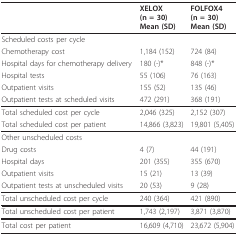
<table><thead><tr><td></td><td></td><td><b>XELOX(n = 30)Mean (SD)</b></td><td><b>FOLFOX4(n = 30)Mean (SD)</b></td></tr></thead><tbody><tr><td colspan="4">Scheduled costs per cycle</td></tr><tr><td colspan="2">Chemotherapy cost</td><td>1,184 (152)</td><td>724 (84)</td></tr><tr><td colspan="2">Hospital days for chemotherapy delivery</td><td>180 (-)*</td><td>848 (-)*</td></tr><tr><td colspan="2">Hospital tests</td><td>55 (106)</td><td>76 (163)</td></tr><tr><td colspan="2">Outpatient visits</td><td>155 (52)</td><td>135 (46)</td></tr><tr><td colspan="2">Outpatient tests at scheduled visits</td><td>472 (291)</td><td>368 (191)</td></tr><tr><td colspan="2">Total scheduled cost per cycle</td><td>2,046 (325)</td><td>2,152 (307)</td></tr><tr><td colspan="2">Total scheduled cost per patient</td><td>14,866 (3,823)</td><td>19,801 (5,405)</td></tr><tr><td colspan="4">Other unscheduled costs</td></tr><tr><td colspan="2">Drug costs</td><td>4 (7)</td><td>44 (191)</td></tr><tr><td colspan="2">Hospital days</td><td>201 (355)</td><td>355 (670)</td></tr><tr><td colspan="2">Outpatient visits</td><td>15 (21)</td><td>13 (39)</td></tr><tr><td colspan="2">Outpatient tests at unscheduled visits</td><td>20 (53)</td><td>9 (28)</td></tr><tr><td colspan="2">Total unscheduled cost per cycle</td><td>240 (364)</td><td>421 (890)</td></tr><tr><td colspan="2">Total unscheduled cost per patient</td><td>1,743 (2,197)</td><td>3,871 (3,870)</td></tr><tr><td colspan="2">Total cost per patient</td><td>16,609 (4,710)</td><td>23,672 (5,904)</td></tr></tbody></table>